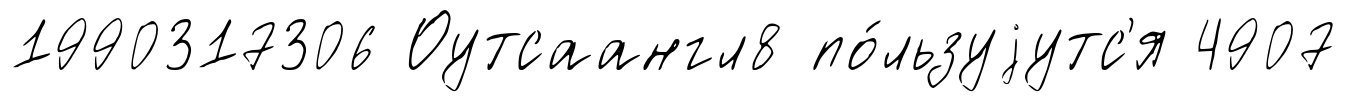
1990317306 Оутсаангл8 по́льзуjутс'я 4907